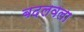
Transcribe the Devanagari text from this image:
बदलवला